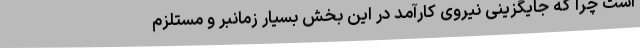
است چرا که جایگزینی نیروی کارآمد در این بخش بسیار زمانبر و مستلزم